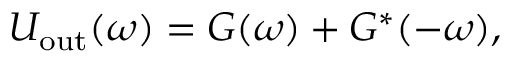
U _ { \mathrm { o u t } } ( \omega ) = G ( \omega ) + G ^ { * } ( - \omega ) ,